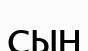
сың